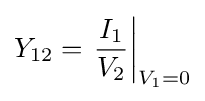
Y_{12}=\left.{\frac {I_{1}}{V_{2}}}\right|_{V_{1}=0}